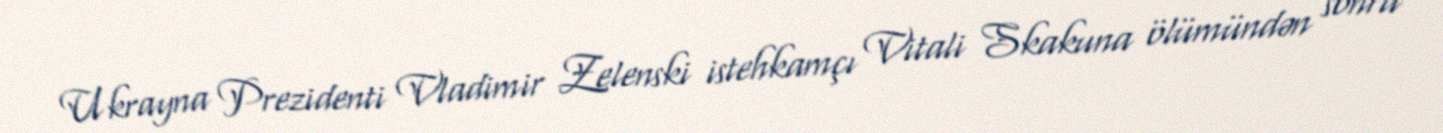
Ukrayna Prezidenti Vladimir Zelenski istehkamçı Vitali Skakuna ölümündən sonra